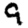
Digit: 9